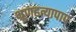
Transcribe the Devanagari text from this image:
भ्रूणहत्यापाप